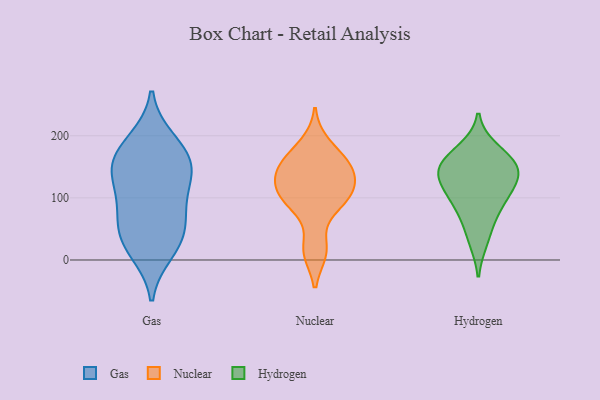
{"axis": {"x": "Tickets Resolved", "y": "Value"}, "legend": ["Gas", "Hydrogen", "Nuclear"], "data": [{"x": "", "y": 14, "type": "Gas"}, {"x": "", "y": 31, "type": "Gas"}, {"x": "", "y": 146, "type": "Gas"}, {"x": "", "y": 138, "type": "Gas"}, {"x": "", "y": 155, "type": "Gas"}, {"x": "", "y": 144, "type": "Gas"}, {"x": "", "y": 88, "type": "Gas"}, {"x": "", "y": 58, "type": "Gas"}, {"x": "", "y": 192, "type": "Gas"}, {"x": "", "y": 89, "type": "Gas"}, {"x": "", "y": 36, "type": "Gas"}, {"x": "", "y": 181, "type": "Gas"}, {"x": "", "y": 116, "type": "Nuclear"}, {"x": "", "y": 129, "type": "Nuclear"}, {"x": "", "y": 153, "type": "Nuclear"}, {"x": "", "y": 187, "type": "Nuclear"}, {"x": "", "y": 92, "type": "Nuclear"}, {"x": "", "y": 143, "type": "Nuclear"}, {"x": "", "y": 14, "type": "Nuclear"}, {"x": "", "y": 154, "type": "Nuclear"}, {"x": "", "y": 97, "type": "Nuclear"}, {"x": "", "y": 161, "type": "Nuclear"}, {"x": "", "y": 115, "type": "Nuclear"}, {"x": "", "y": 91, "type": "Nuclear"}, {"x": "", "y": 16, "type": "Nuclear"}, {"x": "", "y": 121, "type": "Hydrogen"}, {"x": "", "y": 99, "type": "Hydrogen"}, {"x": "", "y": 178, "type": "Hydrogen"}, {"x": "", "y": 66, "type": "Hydrogen"}, {"x": "", "y": 139, "type": "Hydrogen"}, {"x": "", "y": 94, "type": "Hydrogen"}, {"x": "", "y": 31, "type": "Hydrogen"}, {"x": "", "y": 147, "type": "Hydrogen"}, {"x": "", "y": 160, "type": "Hydrogen"}, {"x": "", "y": 157, "type": "Hydrogen"}, {"x": "", "y": 131, "type": "Hydrogen"}]}